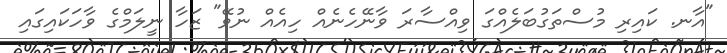
"އާނ. ކައިރި މުސްތަގުބަލެއްގަ ވިއްސާރަ ވާނޭހެނެއް ހިއެއް ނުވޭ" ޒަހާ ނީލަމްގެ ވާހަކައިގައި